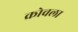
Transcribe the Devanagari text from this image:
क्रोवला